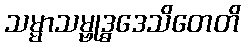
သမ္မာသမ္ဗုဒ္ဓဒေသိတေတိ